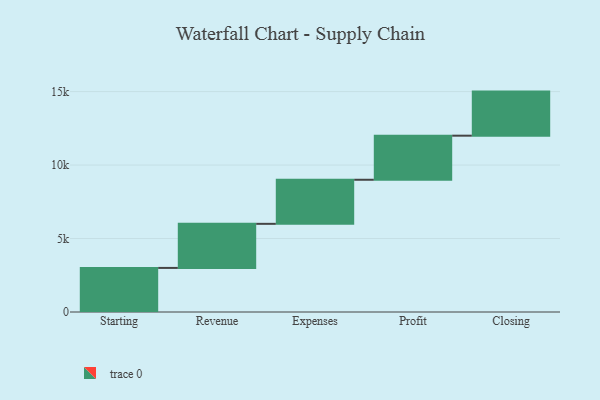
{"axis": {"x": "Step", "y": "Value"}, "legend": [""], "data": [{"x": "Starting", "y": 3000, "type": ""}, {"x": "Revenue", "y": 3000, "type": ""}, {"x": "Expenses", "y": 3000, "type": ""}, {"x": "Profit", "y": 3000, "type": ""}, {"x": "Closing", "y": 3000, "type": ""}]}